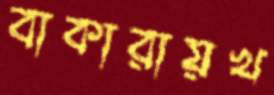
বাকারায়খ